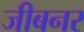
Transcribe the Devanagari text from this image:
जीबनर